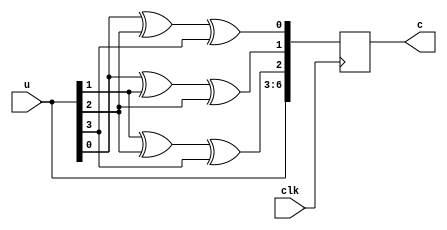
module linear(c,u,clk);
output[6:0] c;
input[3:0] u;
input clk;
reg[6:0] c;

always @(posedge clk)
begin
c[6] = u[3];
c[5] = u[2];
c[4] = u[1];
c[3] = u[0];
c[2] = u[1] ^ u[2] ^ u[3];
c[1] = u[0] ^ u[1] ^ u[2];
c[0] = u[0] ^ u[2] ^ u[3] ;
end
endmodule